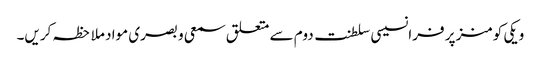
ویکی کومنز پر فرانسیسی سلطنت دوم سے متعلق سمعی و بصری مواد ملاحظہ کریں۔